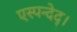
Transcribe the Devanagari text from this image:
एस्पन्देद्।